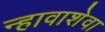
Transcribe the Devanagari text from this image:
न्हावाशेवा